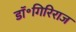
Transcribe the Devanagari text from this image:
डॉ॰गिरिराज